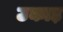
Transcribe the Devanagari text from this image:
उकाड़